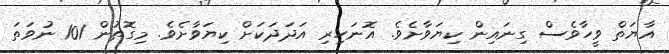
އާޔަތް ވީހާވެސް ގިނައިން ކިޔަވާށެވެ. އޮނަހިރި އަދަދަކަށް ކިޔަވާށެވެ. މިގޮތުން 101 ނުވަތަ